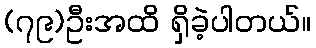
(၇၉)ဦးအထိ ရှိခဲ့ပါတယ်။